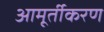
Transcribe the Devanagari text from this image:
आमूर्तीकरण